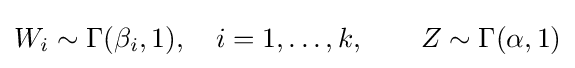
W_{i}\sim \Gamma (\beta _{i},1),\quad i=1,\dots ,k,\qquad Z\sim \Gamma (\alpha ,1)